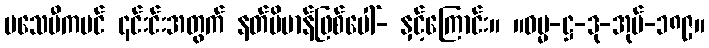
မသေမီကပင် ၎င်းင်းအတွက် နတ်ဗိမာန်ဖြစ်ပေါ်- နှင့်ကြောင်း။ ။ဓမ္မ-ဋ္ဌ-ဒု-အုပ်-၁၈၉။